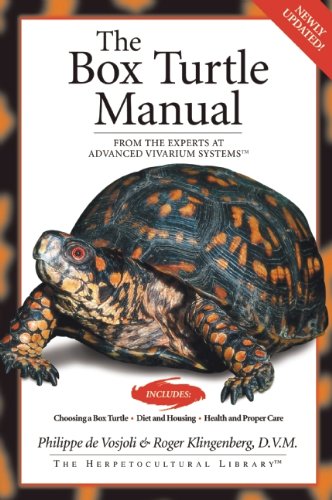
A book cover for The Box Turtle Manual (Herpetocultual Library); Philippe De Vosjoli; Crafts, Hobbies & Home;